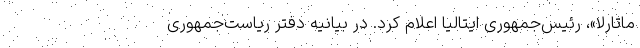
ماتارلا»، رئیس‌جمهوری ایتالیا اعلام کرد. در بیانیه دفتر ریاست‌جمهوری